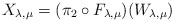
\begin{align*}X_{\lambda,\mu}=(\pi_2\circ F_{\lambda,\mu})(W_{\lambda,\mu})\end{align*}